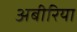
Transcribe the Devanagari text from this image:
अबीरिया